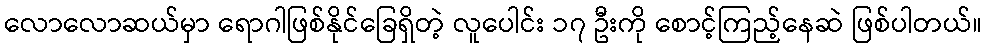
လောလောဆယ်မှာ ရောဂါဖြစ်နိုင်ခြေရှိတဲ့ လူပေါင်း ၁၇ ဦးကို စောင့်ကြည့်နေဆဲ ဖြစ်ပါတယ်။